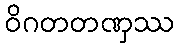
ဝိဂတတဏှဿ